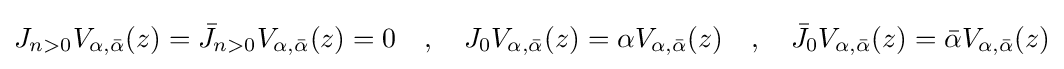
J_{n>0}V_{\alpha ,{\bar {\alpha }}}(z)={\bar {J}}_{n>0}V_{\alpha ,{\bar {\alpha }}}(z)=0\quad ,\quad J_{0}V_{\alpha ,{\bar {\alpha }}}(z)=\alpha V_{\alpha ,{\bar {\alpha }}}(z)\quad ,\quad {\bar {J}}_{0}V_{\alpha ,{\bar {\alpha }}}(z)={\bar {\alpha }}V_{\alpha ,{\bar {\alpha }}}(z)